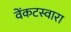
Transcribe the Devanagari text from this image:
वेंकटस्वारा